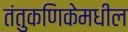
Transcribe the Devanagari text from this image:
तंतुकणिकेमधील